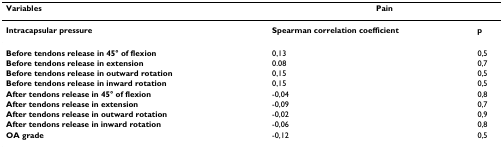
| Variables | <COLSPAN=2> Pain |
 | --- | --- | --- |
 | Intracapsular pressure | Spearman correlation coefficient | p |
 | Before tendons release in 45° of flexion | 0,13 | 0,5 |
 | Before tendons release in extension | 0.08 | 0,7 |
 | Before tendons release in outward rotation | 0,15 | 0,5 |
 | Before tendons release in inward rotation | 0,15 | 0,5 |
 | After tendons release in 45° of flexion | -0,04 | 0,8 |
 | After tendons release in extension | -0,09 | 0,7 |
 | After tendons release in outward rotation | -0,02 | 0,9 |
 | After tendons release in inward rotation | -0,06 | 0,8 |
 | OA grade | -0,12 | 0,5 |